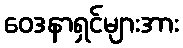
ဝေဒနာရှင်များအား